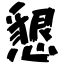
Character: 懇